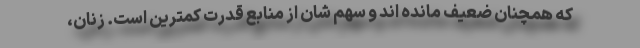
که همچنان ضعیف مانده اند و سهم شان از منابع قدرت کمترین است. زنان،